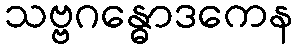
သဗ္ဗဂန္ဓောဒကေန